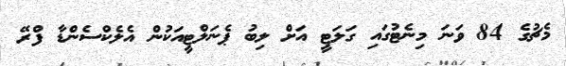
މެޗުގެ 84 ވަނަ މިނެޓުގައި ގަލަޓީ އަށް ލިބު ޕެނަލްޓީއަކުން އެލެކްސެންޑާ ފްރޭ